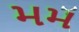
મમ